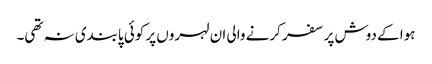
ہوا کے دوش پر سفر کرنے والی ان لہروں پر کوئی پابندی نہ تھی۔